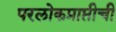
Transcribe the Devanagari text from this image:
परलोकप्राप्तीची